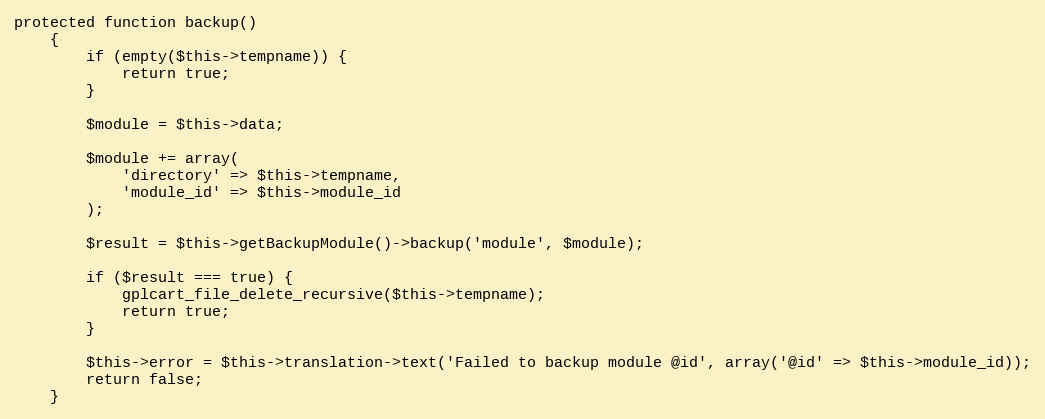
Language: PHP
protected function backup()
    {
        if (empty($this->tempname)) {
            return true;
        }

        $module = $this->data;

        $module += array(
            'directory' => $this->tempname,
            'module_id' => $this->module_id
        );

        $result = $this->getBackupModule()->backup('module', $module);

        if ($result === true) {
            gplcart_file_delete_recursive($this->tempname);
            return true;
        }

        $this->error = $this->translation->text('Failed to backup module @id', array('@id' => $this->module_id));
        return false;
    }